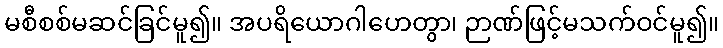
မစီစစ်မဆင်ခြင်မူ၍။ အပရိယောဂါဟေတွာ၊ ဉာဏ်ဖြင့်မသက်ဝင်မူ၍။